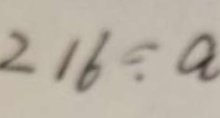
2 1 6 \div a